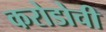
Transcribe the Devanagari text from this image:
करोडोची